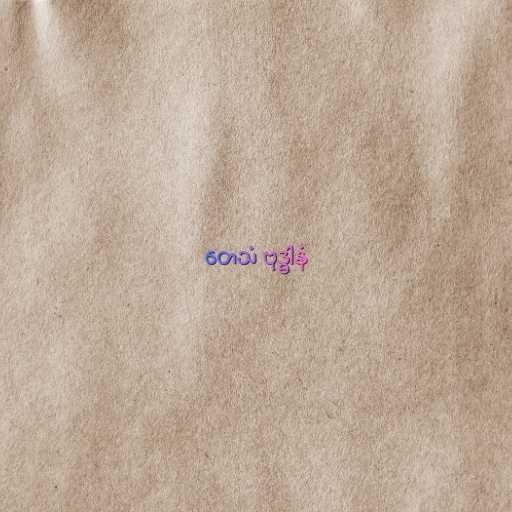
တေသံ ဗုဒ္ဓါနံ